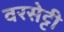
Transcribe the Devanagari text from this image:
वरसेट्टी